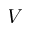
V